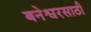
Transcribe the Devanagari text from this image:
बनेश्वरसाठी